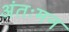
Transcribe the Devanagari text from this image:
अंतःमन